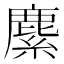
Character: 𦄐